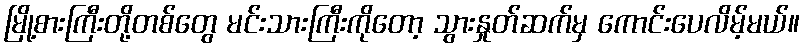
မြို့စားကြီးတို့တစ်တွေ မင်းသားကြီးကိုတော့ သွားနှုတ်ဆက်မှ ကောင်းပေလိမ့်မယ်။